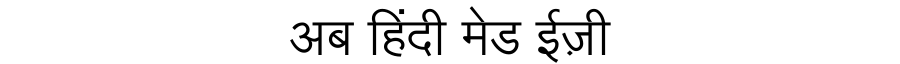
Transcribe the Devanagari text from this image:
अब हिंदी मेड ईज़ी